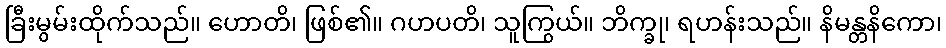
ခြီးမွမ်းထိုက်သည်။ ဟောတိ၊ ဖြစ်၏။ ဂဟပတိ၊ သူကြွယ်။ ဘိက္ခု၊ ရဟန်းသည်။ နိမန္တနိကော၊